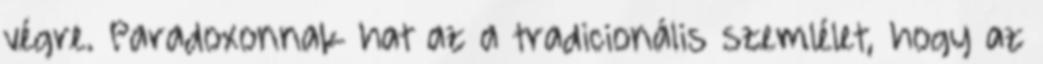
végre. Paradoxonnak hat az a tradicionális szemlélet, hogy az